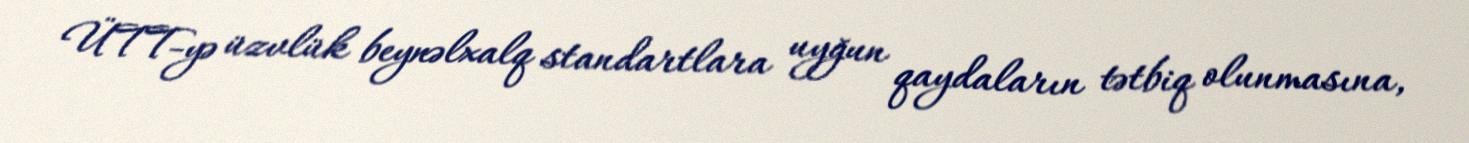
ÜTT-yə üzvlük beynəlxalq standartlara uyğun qaydaların tətbiq olunmasına,